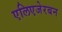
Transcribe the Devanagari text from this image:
एलिएजेरबन